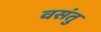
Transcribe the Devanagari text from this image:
वसंतु